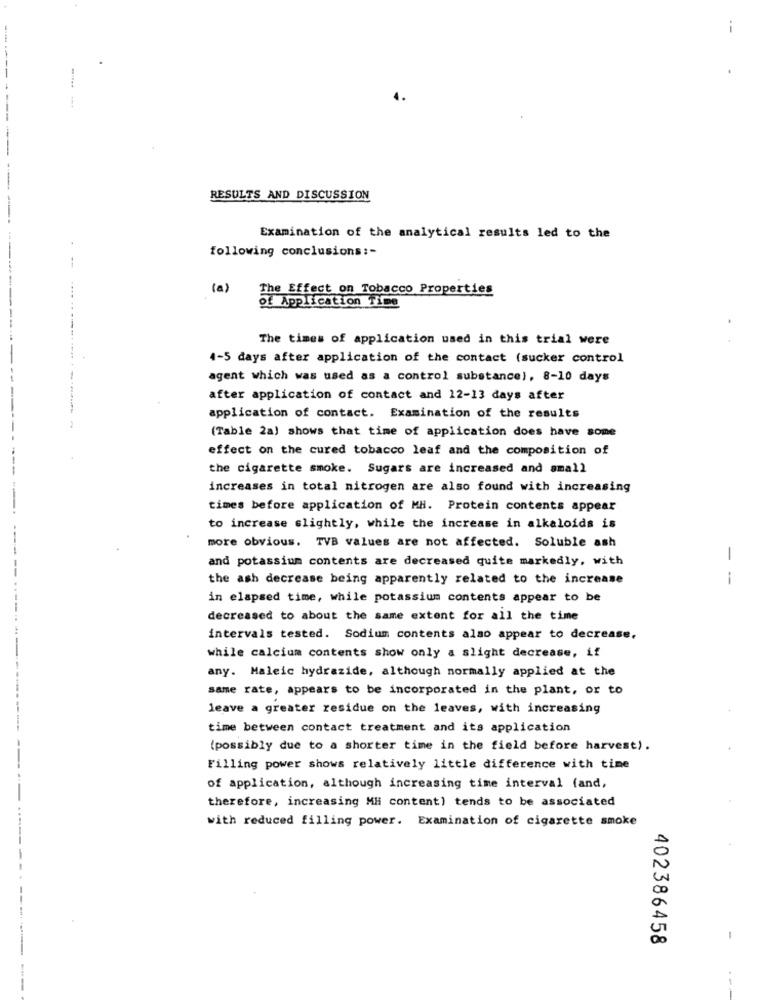
--
--
--- --
RESULTS AND DISCUSSION
Examination of the analytical results led to the
following conclusions :-
(a)
The Effect on Tobacco Properties
of Application Time
.
The times of application used in this trial were
4-5 days after application of the contact (sucker control
agent which was used as a control substance), 8-10 days
after application of contact and 12-13 days after
application of contact. Examination of the results
(Table 2a) shows that time of application does have some
effect on the cured tobacco leaf and the composition of
the cigarette smoke. Sugars are increased and small
increases in total nitrogen are also found with increasing
times before application of MH. Protein contents appear
to increase slightly, while the increase in alkaloids is
more obvious. TVB values are not affected. Soluble ash
and potassium contents are decreased quite markedly, with
-
the ash decrease being apparently related to the increase
-
in elapsed time, while potassium contents appear to be
decreased to about the same extent for all the time
intervals tested. Sodium contents also appear to decrease.
while calcium contents show only a slight decrease, if
any. Maleic hydrazide, although normally applied at the
same rate, appears to be incorporated in the plant, or to
leave a greater residue on the leaves, with increasing
time between contact treatment and its application
(possibly due to a shorter time in the field before harvest).
Filling power shows relatively little difference with time
of application, although increasing time interval (and,
therefore, increasing MH content) tends to be associated
with reduced filling power. Examination of cigarette smoke
402386458